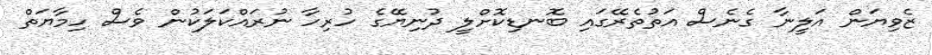
ޒެވިޔަން އަލީނާ ގެނެސް އަތުތެރޭގައި ބޮނޑިކޮށްލީ ދުނިޔޭގެ ހުރިހާ ނުރައްކަލަކުން ވެސް ހިމާޔަތް